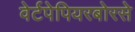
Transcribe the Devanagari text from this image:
वेर्टपेपियरबोरसे